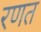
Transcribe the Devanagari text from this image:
रणत